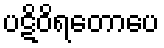
ပဋိဝိရတောပေ